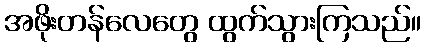
အဖိုးတန်လေတွေ ထွက်သွားကြသည်။